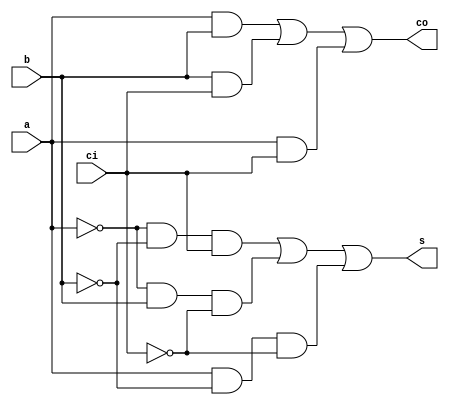
module fa( s, co, a, b, ci);
	
	output  s;
	output co;
	input  a;
	input b;
	input ci; 
	assign s=(~a&~b&ci)|(~a&b&~ci)|(a&~b&~ci);
	assign co=(a&b)|(b&ci)|(a&ci);
endmodule


module fa4_inst( s, co, a, b, ci);

	output [3:0] s;
	output co;
	input [3:0] a;
	input [3:0] b;
	input ci; 
	
	wire [2:0] carry;

	fa fa_u0( .s(s[0]), .co(carry[0]), .a(a[0]), .b(b[0]), .ci(ci));
	fa fa_u1( .s(s[1]), .co(carry[1]), .a(a[1]), .b(b[1]), .ci(carry[0]));
	fa fa_u2( .s(s[2]), .co(carry[2]), .a(a[2]), .b(b[2]), .ci(carry[1]));
	fa fa_u3( .s(s[3]), .co(co), .a(a[3]), .b(b[3]), .ci(carry[2]));

endmodule

module fa4_mbit( s, co, a, b, ci);
	
	output [3:0] s;
	output co;
	input [3:0] a;
	input [3:0] b;
	input ci; 
	
	assign {co, s}= a+b+ci;
endmodule